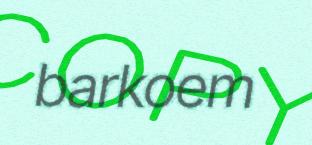
barkoem